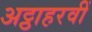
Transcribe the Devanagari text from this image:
अट्ठाहरवीं